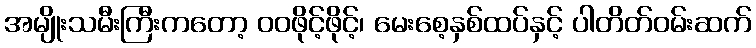
အမျိုးသမီးကြီးကတော့ ဝဝဖိုင့်ဖိုင့်၊ မေးစေ့နှစ်ထပ်နှင့် ပါတိတ်ဝမ်းဆက်